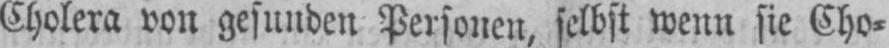
Cholera von gesunden Personen, selbst wenn sie Cho⸗